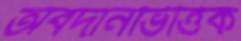
অবদানভিত্তিক